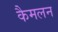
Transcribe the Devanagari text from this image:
कैमलन